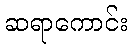
ဆရာကောင်း